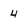
Character: 4